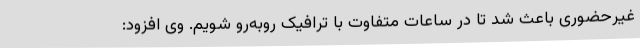
غیرحضوری باعث شد تا در ساعات متفاوت با ترافیک روبه‌رو شویم. وی افزود: